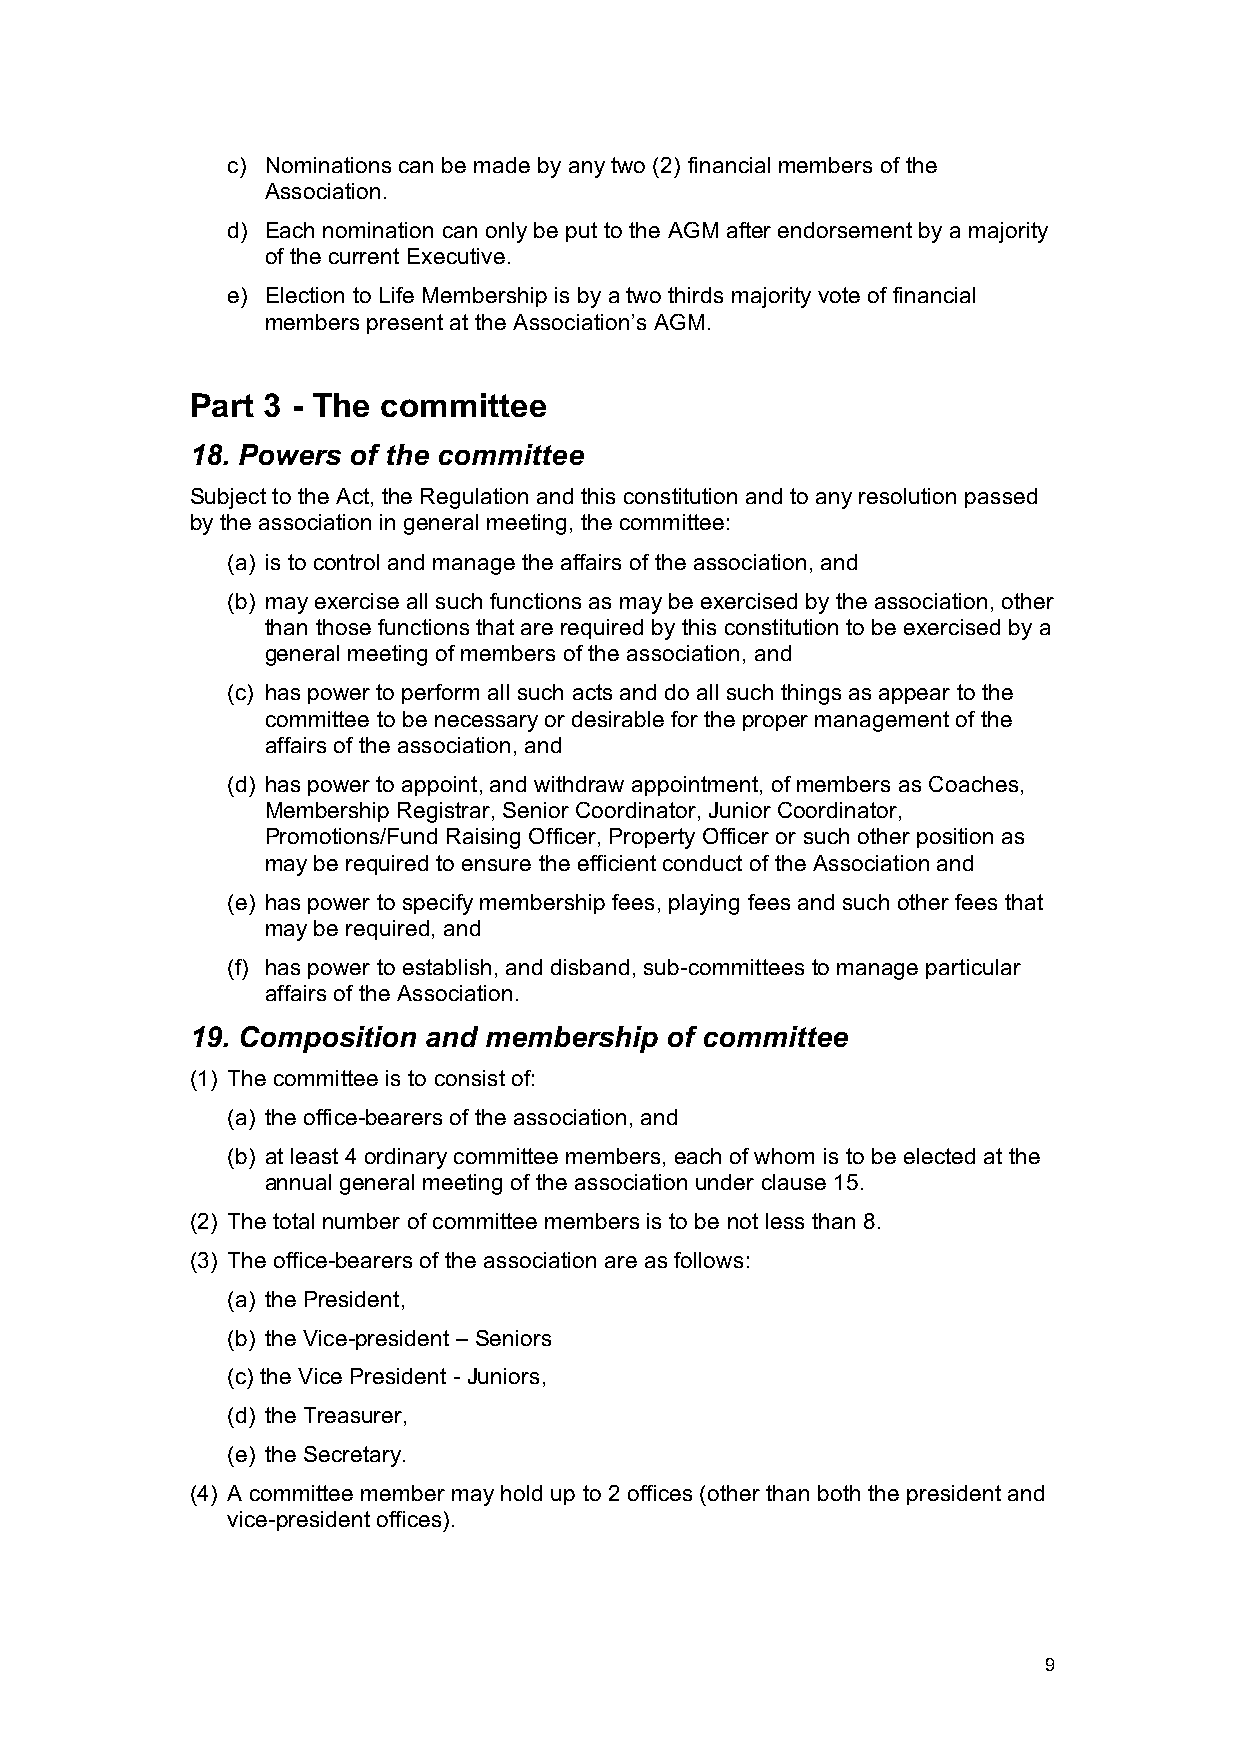
c) Nominations can be made by any two (2) financial members of the
 Association.
 d) Each nomination can only be put to the AGM after endorsement by a majority
 of the current Executive.
 e) Election to Life Membership is by a two thirds majority vote of financial
 members present at the Association’s AGM.
 Part 3 - The committee
 18. Powers of the committee
 Subject to the Act, the Regulation and this constitution and to any resolution passed
 by the association in general meeting, the committee:
 (a) is to control and manage the affairs of the association, and
 (b) may exercise all such functions as may be exercised by the association, other
 than those functions that are required by this constitution to be exercised by a
 general meeting of members of the association, and
 (c) has power to perform all such acts and do all such things as appear to the
 committee to be necessary or desirable for the proper management of the
 affairs of the association, and
 (d) has power to appoint, and withdraw appointment, of members as Coaches,
 Membership Registrar, Senior Coordinator, Junior Coordinator,
 Promotions/Fund Raising Officer, Property Officer or such other position as
 may be required to ensure the efficient conduct of the Association and
 (e) has power to specify membership fees, playing fees and such other fees that
 may be required, and
 (f) has power to establish, and disband, sub-committees to manage particular
 affairs of the Association.
 19. Composition and membership of committee
 (1) The committee is to consist of:
 (a) the office-bearers of the association, and
 (b) at least 4 ordinary committee members, each of whom is to be elected at the
 annual general meeting of the association under clause 15.
 (2) The total number of committee members is to be not less than 8.
 (3) The office-bearers of the association are as follows:
 (a) the President,
 (b) the Vice-president – Seniors
 (c) the Vice President - Juniors,
 (d) the Treasurer,
 (e) the Secretary.
 (4) A committee member may hold up to 2 offices (other than both the president and
 vice-president offices).
 9